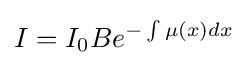
I=I_{0}Be^{-\int {\mu (x)dx}}